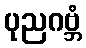
ပုညဂဗ္ဘံ